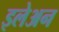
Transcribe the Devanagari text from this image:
इलेअन